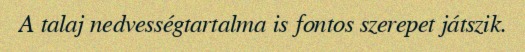
A talaj nedvességtartalma is fontos szerepet játszik.